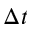
\Delta t